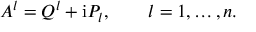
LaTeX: A ^ { l } = Q ^ { l } + \mathrm { i } P _ { l } , \qquad l = 1 , \ldots , n .